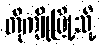
တိုကျိုမြို့သို့